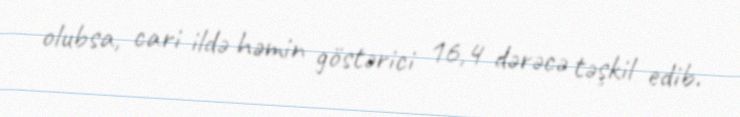
olubsa, cari ildə həmin göstərici 16,4 dərəcə təşkil edib.